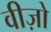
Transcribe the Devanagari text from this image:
वीज़ो